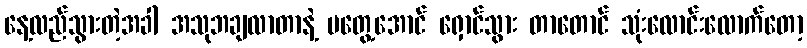
နေ့လည်သွားတဲ့အခါ အသုဘချလာတာနဲ့ မတွေ့အောင် ရှောင်သွား တာတောင် သုံးလောင်းလောက်တော့